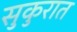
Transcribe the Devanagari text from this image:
सुकुरात